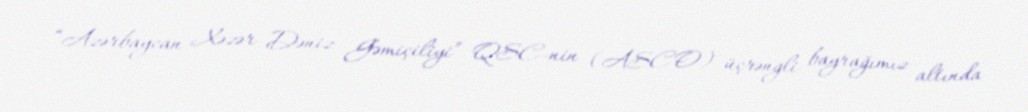
“Azərbaycan Xəzər Dəniz Gəmiçiliyi” QSC-nin (ASCO) üçrəngli bayrağımız altında